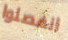
انفصلوا